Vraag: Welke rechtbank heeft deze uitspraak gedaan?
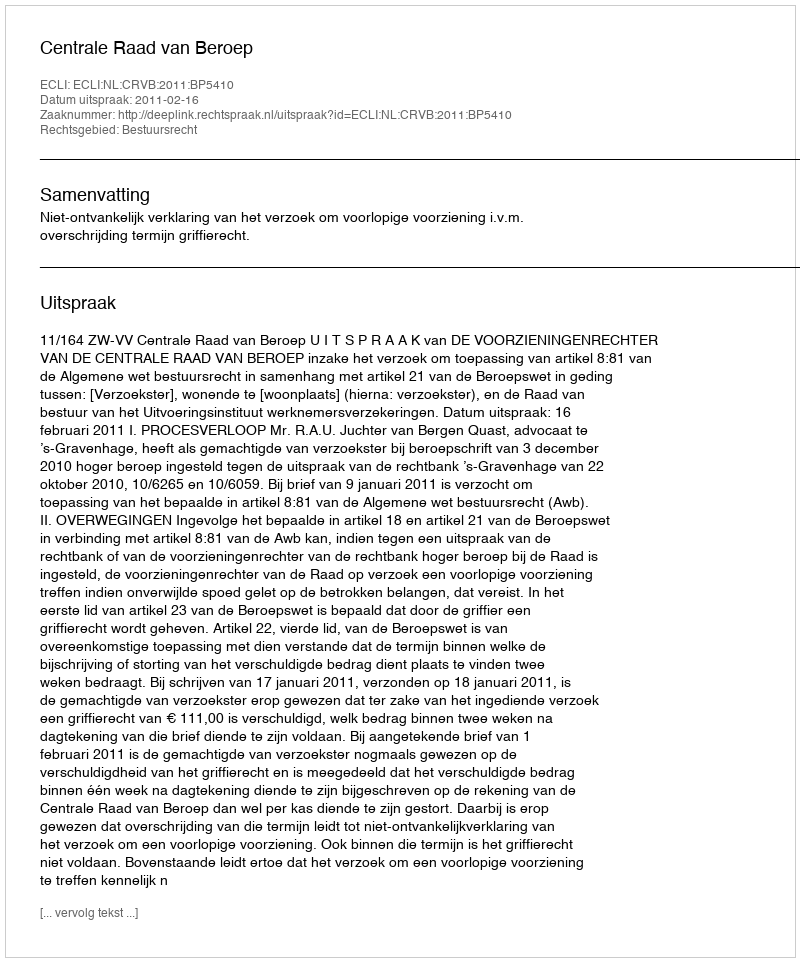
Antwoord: Centrale Raad van Beroep